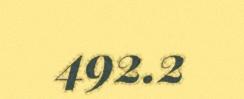
492.2